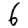
Digit: 6